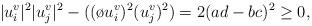
LaTeX: \begin{align*}|u^v_i|^2|u^v_j|^2-((\o{u^v_i})^2 (u^v_j)^2)=2(ad-bc)^2\geq 0,\end{align*}